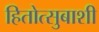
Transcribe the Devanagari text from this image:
हितोत्सुबाशी